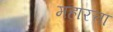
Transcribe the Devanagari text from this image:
महारत्ता